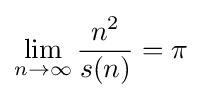
\lim _{n\to \infty }{\frac {n^{2}}{s(n)}}=\pi